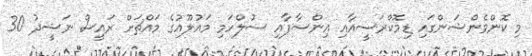
މި ކޮންވެންޝަންގައި ޑިމޮކްރަސީއާއި އިންސާފާއި ސުލްހަމި މައުލޫއުގެ މައްޗަށް ރައީސް ނަޝީދު 30